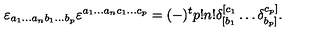
\varepsilon _ { a _ { 1 } \ldots a _ { n } b _ { 1 } \ldots b _ { p } } \varepsilon ^ { a _ { 1 } \ldots a _ { n } c _ { 1 } \ldots c _ { p } } = ( - ) ^ { t } p ! n ! \delta _ { [ b _ { 1 } } ^ { [ c _ { 1 } } \ldots \delta _ { b _ { p } ] } ^ { c _ { p } ] } .